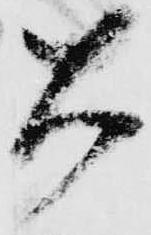
大